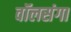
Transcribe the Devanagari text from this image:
वॉलसंगा